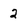
Character: 2